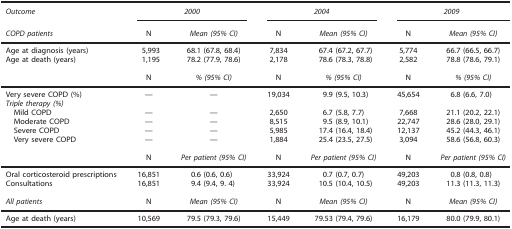
<table><thead><tr><td><b><i>Outcome</i></b></td><td colspan="2"><b><i>2000</i></b></td><td colspan="2"><b><i>2004</i></b></td><td colspan="2"><b><i>2009</i></b></td></tr><tr><td><b><i>COPD patients</i></b></td><td><b>N</b></td><td><b><i>Mean (95% CI)</i></b></td><td><b>N</b></td><td><b><i>Mean (95% CI)</i></b></td><td><b>N</b></td><td><b><i>Mean (95% CI)</i></b></td></tr></thead><tbody><tr><td>Age at diagnosis (years)</td><td>5,993</td><td>68.1 (67.8, 68.4)</td><td>7,834</td><td>67.4 (67.2, 67.7)</td><td>5,774</td><td>66.7 (66.5, 66.7)</td></tr><tr><td>Age at death (years)</td><td>1,195</td><td>78.2 (77.9, 78.6)</td><td>2,178</td><td>78.6 (78.3, 78.8)</td><td>2,582</td><td>78.8 (78.6, 79.1)</td></tr><tr><td></td><td>N</td><td><i>% (95% CI)</i></td><td>N</td><td><i>% (95% CI)</i></td><td>N</td><td><i>% (95% CI)</i></td></tr><tr><td>Very severe COPD (%)</td><td>—</td><td>—</td><td>19,034</td><td>9.9 (9.5, 10.3)</td><td>45,654</td><td>6.8 (6.6, 7.0)</td></tr><tr><td colspan="7"><i>Triple therapy (%)</i></td></tr><tr><td> Mild COPD</td><td>—</td><td>—</td><td>2,650</td><td>6.7 (5.8, 7.7)</td><td>7,668</td><td>21.1 (20.2, 22.1)</td></tr><tr><td> Moderate COPD</td><td>—</td><td>—</td><td>8,515</td><td>9.5 (8.9, 10.1)</td><td>22,747</td><td>28.6 (28.0, 29.1)</td></tr><tr><td> Severe COPD</td><td>—</td><td>—</td><td>5,985</td><td>17.4 (16.4, 18.4)</td><td>12,137</td><td>45.2 (44.3, 46.1)</td></tr><tr><td> Very severe COPD</td><td>—</td><td>—</td><td>1,884</td><td>25.4 (23.5, 27.5)</td><td>3,094</td><td>58.6 (56.8, 60.3)</td></tr><tr><td></td><td>N</td><td><i>Per patient (95% CI)</i></td><td>N</td><td><i>Per patient (95% CI)</i></td><td>N</td><td><i>Per patient (95% CI)</i></td></tr><tr><td>Oral corticosteroid prescriptions</td><td>16,851</td><td>0.6 (0.6, 0.6)</td><td>33,924</td><td>0.7 (0.7, 0.7)</td><td>49,203</td><td>0.8 (0.8, 0.8)</td></tr><tr><td>Consultations</td><td>16,851</td><td>9.4 (9.4, 9. 4)</td><td>33,924</td><td>10.5 (10.4, 10.5)</td><td>49,203</td><td>11.3 (11.3, 11.3)</td></tr><tr><td><i>All patients</i></td><td>N</td><td><i>Mean (95% CI)</i></td><td>N</td><td><i>Mean (95% CI)</i></td><td>N</td><td><i>Mean (95% CI)</i></td></tr><tr><td>Age at death (years)</td><td>10,569</td><td>79.5 (79.3, 79.6)</td><td>15,449</td><td>79.53 (79.4, 79.6)</td><td>16,179</td><td>80.0 (79.9, 80.1)</td></tr></tbody></table>